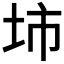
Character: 𡊔